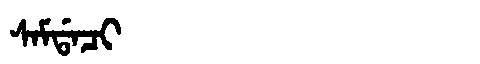
Manchu: ᠰᠠᠮᡩᠠᠴᡳ
Romanization: SAMDACI